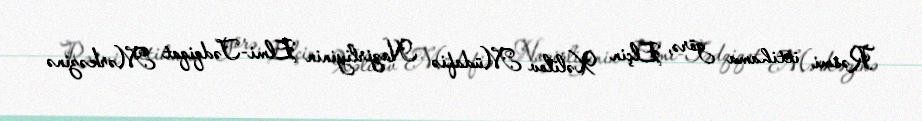
Rəsmi ittihama görə, Elçin Xəlilov Müdafiə Nazirliyinin Elmi-Tədqiqat Mərkəzinə